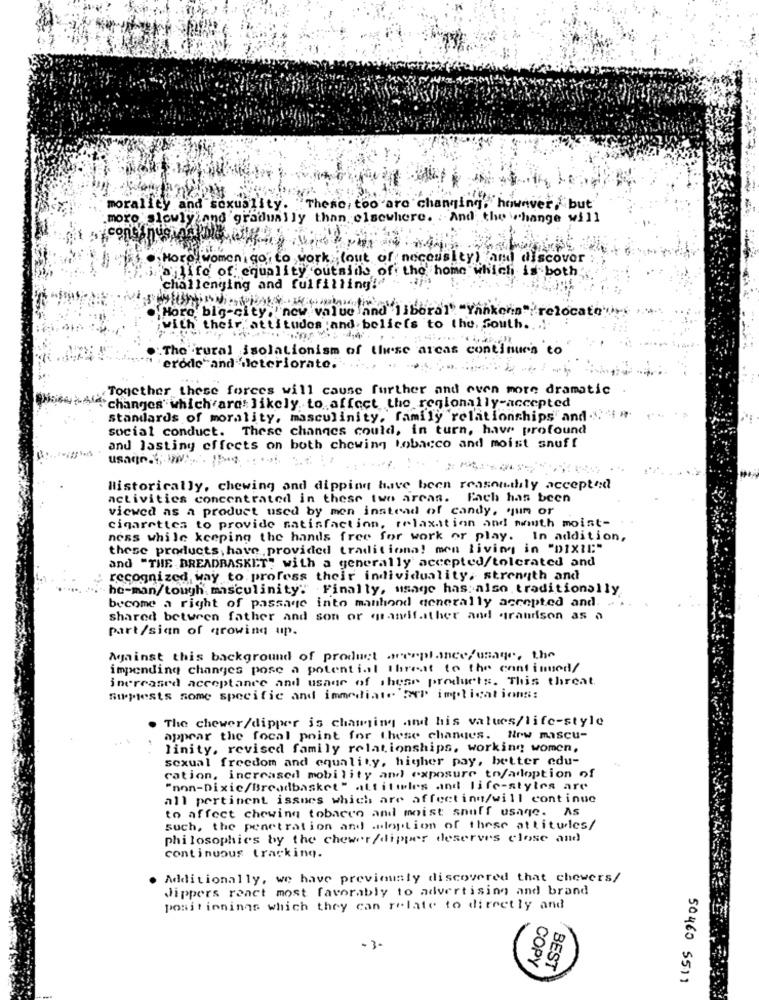
morality and sexuality. "These, too are changing," however ,but
.moro slowlyżand gradually than elsewhere. . And the change will
. Horey women gor to work ;(out of necessity) and discover
silife of equality outsiils of the home which is both;
challenging and fulfilling!"
More big-city, new value and liberal "Yankens"/relocate">
with their attitudes and beliefs to the, south ..
.: The rural isolationism of these areas continues to
erode and ileteriorate.
Together these forces will cause further and even more dramatic
Afchanges' which are: likely to affect the regionally-accepted
standards of morality, masculinity, family relationships and 'in
social conduct. These changes could, in turn, have profound
and lasting effects on both chewing tobacco and moist snuff
Historically, chewing and dipping have been reasouthly accepted
activities concentrated in these two arean. Each has been
viewed as a product used by men instead of candy, qum or
cigarettes to provide satisfaction, relaxation and mouth moist-
ness while keeping the hands free for work or play. In addition,
these products, have ,provided traditiona! men living in "DIXIl:"
and "THE BREADBASKET" with a generally accepted/tolerated and
recognized way to profess their individuality, strength and
he-man/tough masculinity: Finally, usage has:also traditionally
become a right of passage into manhond generally accepted and. .
shared between father and son or grandfather and grandson as a
part/sian of growing up.
Mainst this background of product areeplance/usage, the
impending changes pose a potential threat to the continued/
increased acceptance and usage of these products. This threat.
Sirpests some specific and immediate IP implications:
The chewer/dipper is changing and his values/life-style
appear the focal point for these changes. Nrw mascu-
linity, revised family relationships, working women,
sexual freedom and equality, higher pay, better edu-
cation, increased mobility and exposure to/adoption of
"non-Dixie/Breadbasket" attitudes and life-styles are
all pertinent issues which are affecting/will continue
to affect chewing tobacco and moist snuff usage. As
such, the penetration and adoption of these attitudes/
philosophies by the chewer/dipper deserves close and
continuous tracking.
Additionally, we have previously discovered that chewers/
Jippers react most favorably to advertising and brand
positionings which they can relate to directly and
- 3-
COPY
BEST
50460 5511